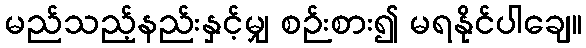
မည်သည့်နည်းနှင့်မျှ စဉ်းစား၍ မရနိုင်ပါချေ။